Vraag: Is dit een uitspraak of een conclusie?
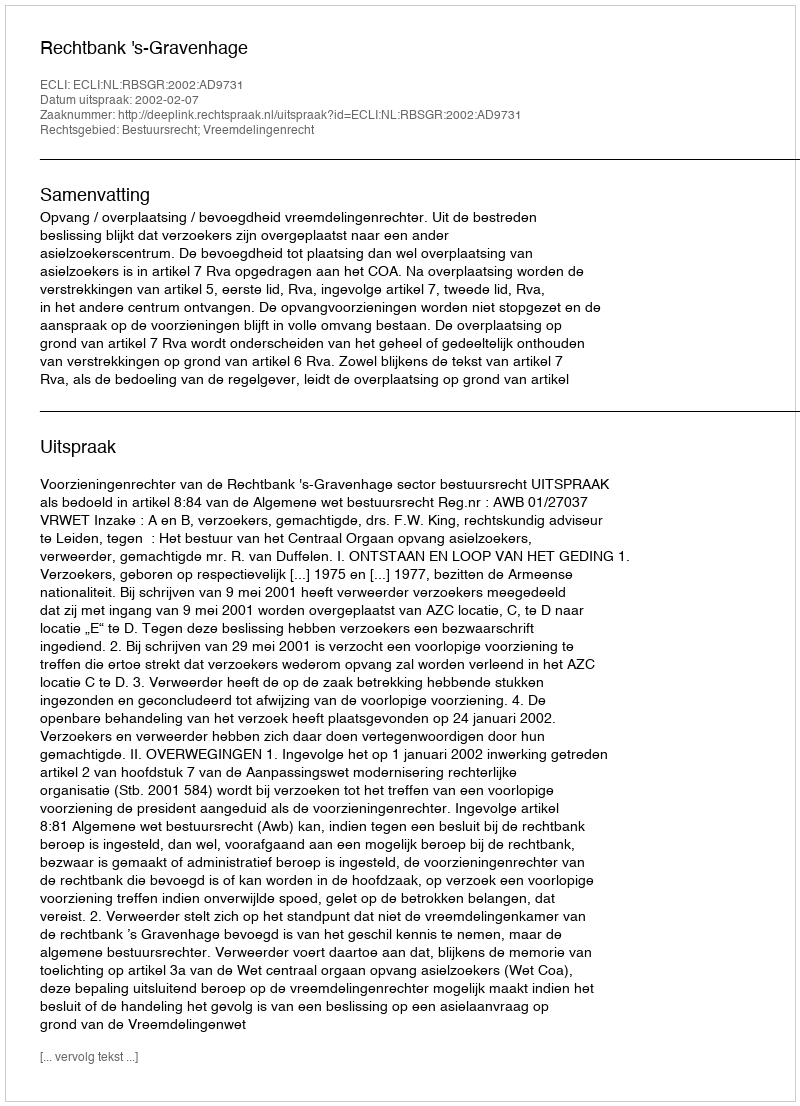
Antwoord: Uitspraak